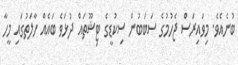
ބުނެއެވެ. މިވައިރަސް ޖެހުމުގެ ސަބަބުން ސިކުޑީގެ ޓިޝޫތައް ދުޅަވެ ބައެއް ހާލަތުގައި މީހާ